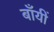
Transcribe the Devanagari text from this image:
बाँयीं